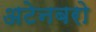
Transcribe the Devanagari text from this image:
अटेनबरो